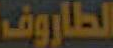
الطاروف